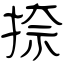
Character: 捺